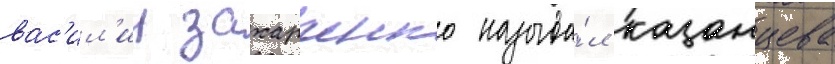
вас'ил'ии захарченко называ́л казанцева